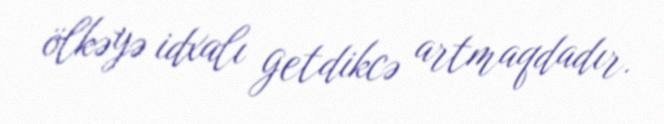
ölkəyə idxalı getdikcə artmaqdadır.